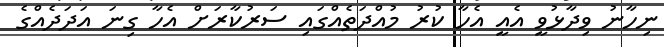
ނިހާނު ވިދާޅުވީ އެއީ އެހާ ކުރު މުއްދަތެއްގައި ސަރުކާރަށް އެހާ ގިނަ އަދަދެއްގެ